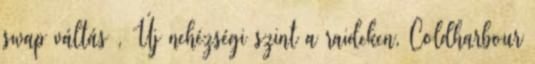
swap váltás , Új nehézségi szint a raideken, Coldharbour